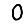
Digit: 0